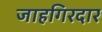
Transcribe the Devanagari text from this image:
जाहगिरदार